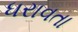
ધરાવતા